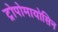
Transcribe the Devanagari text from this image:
ट्रोपोमायोसिन